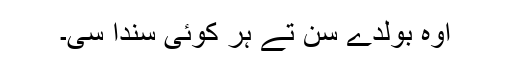
اوہ بولدے سن تے ہر کوئی سندا سی۔